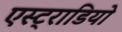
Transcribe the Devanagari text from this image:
एस्ट्राडियो